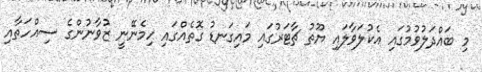
މި ބައްދަލުވުމުގައި އެކުލަވާލައި ޔޫތު ޗާޓަރުގައި މައިގަނޑު ގޮތެއްގައި ހިމެނޭނީ ޒުވާނުންގެ ސިއްހަތާއި